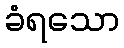
ခံရသော